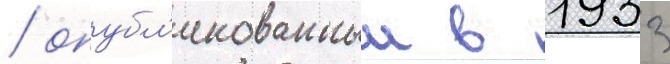
/ опубл'икованныи в 1933